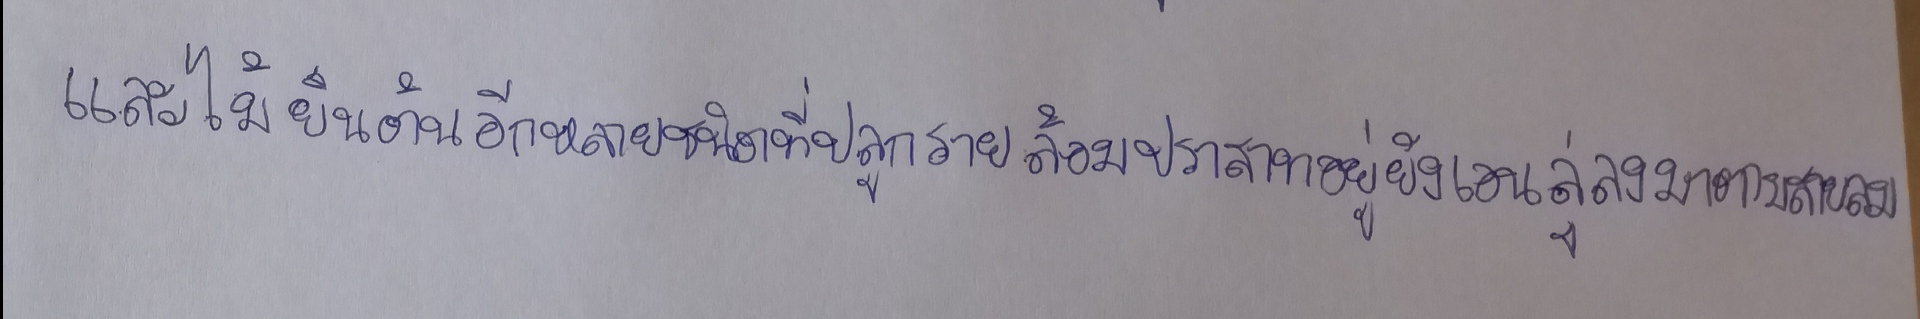
และไม้ยืนต้นอีกหลายชนิดที่ปลูกรายล้อมปราสาทอยู่ยังเอนลู่ลงมาตามสายลม